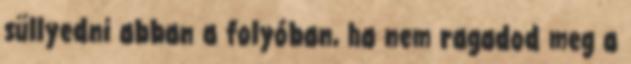
süllyedni abban a folyóban, ha nem ragadod meg a